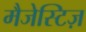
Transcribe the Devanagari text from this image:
मैजेस्टिज़